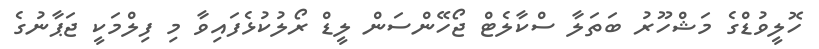
ހޮލީވުޑްގެ މަޝްހޫރު ބަތަލާ ސްކާލެޓް ޖޯހޭންސަން ލީޑް ރޯލުކުޅެފައިވާ މި ފިލްމަކީ ޖަޕާނުގެ